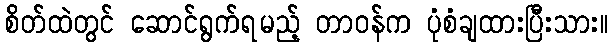
စိတ်ထဲတွင် ဆောင်ရွက်ရမည့် တာဝန်က ပုံစံချထားပြီးသား။